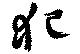
犯